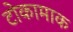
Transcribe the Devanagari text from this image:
टोकामाक